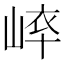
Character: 𡸝